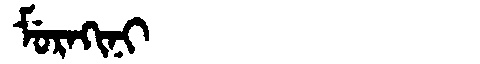
Manchu: ᠮᡠᡵᠠᡴᡳᠨᡳ
Romanization: MURAKINI